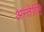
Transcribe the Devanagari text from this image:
अन्तेय्ष्टि